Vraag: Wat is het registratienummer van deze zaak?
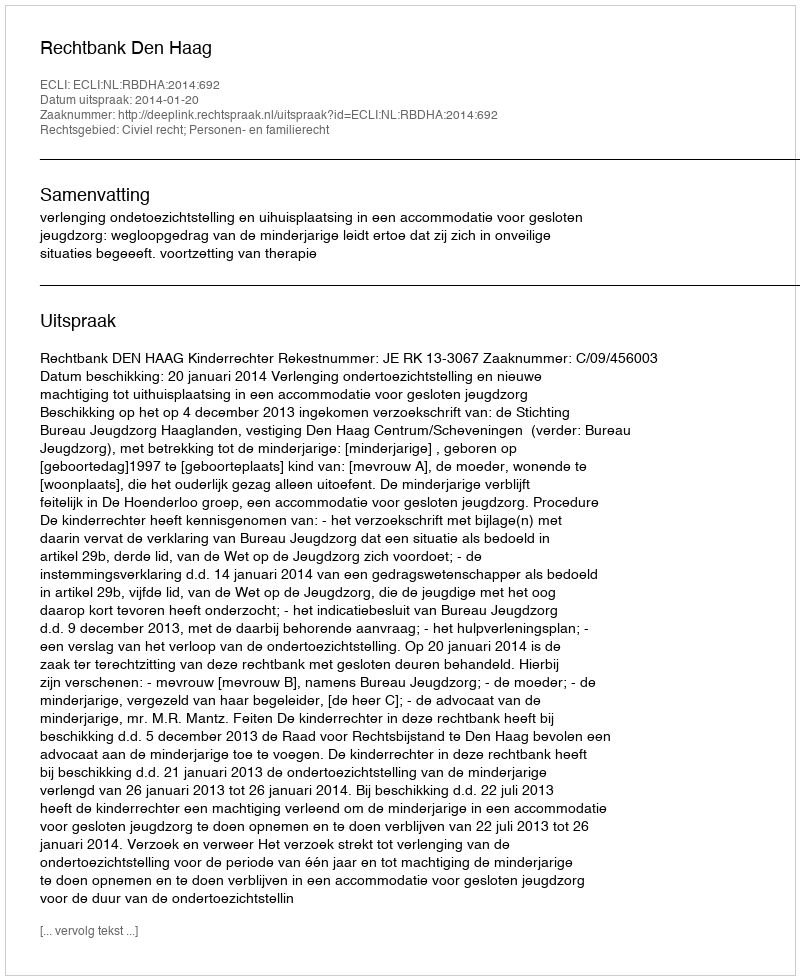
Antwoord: http://deeplink.rechtspraak.nl/uitspraak?id=ECLI:NL:RBDHA:2014:692